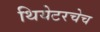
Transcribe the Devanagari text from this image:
थियेटरचेच